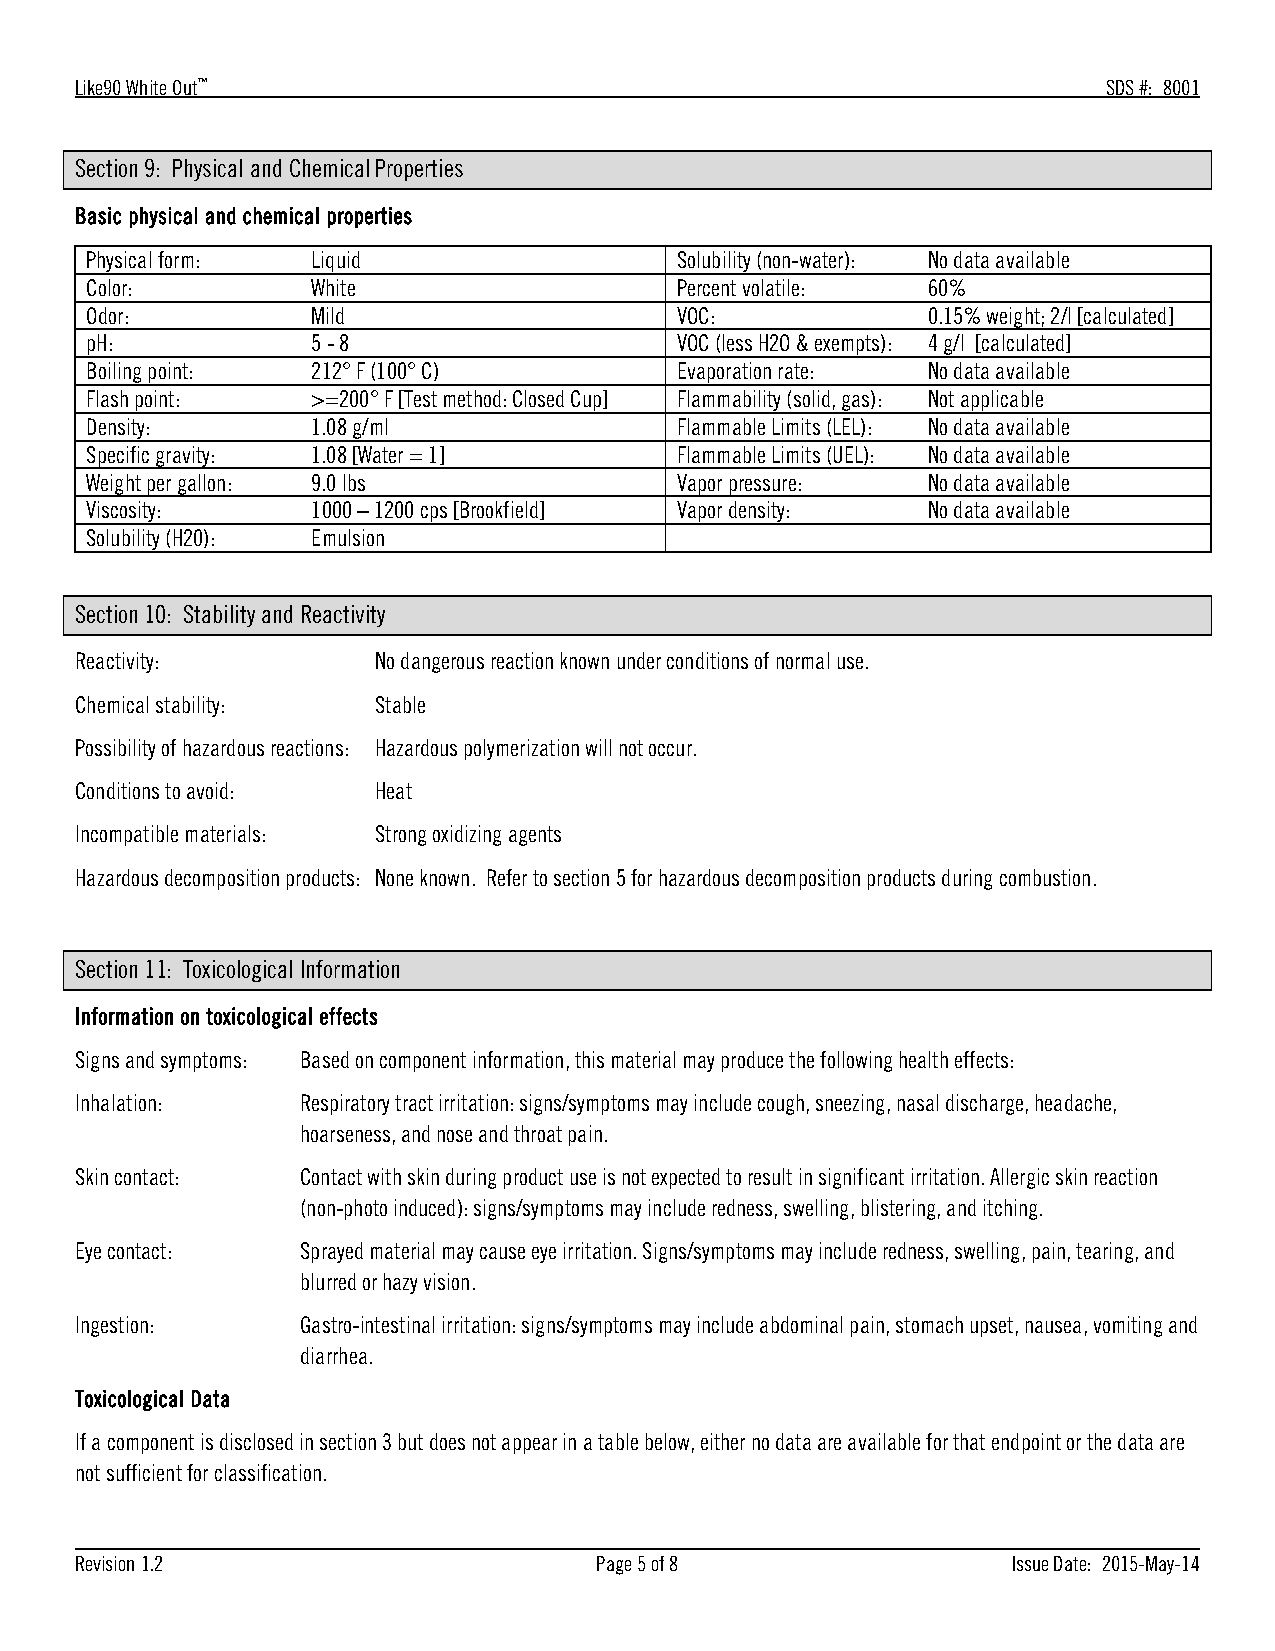
Like90 White Out™                                                   SDS #: 8001
 Section 9: Physical and Chemical Properties
 Basic physical and chemical properties
 Physical form: Liquid                  Solubility (non-water): No data available
 Color:         White                   Percent volatile: 60%
 Odor:          Mild                    VOC:            0.15% weight; 2/l [calculated]
 pH:            5 - 8                   VOC (less H2O & exempts): 4 g/l [calculated]
 Boiling point: 212° F (100° C)         Evaporation rate: No data available
 Flash point:   >=200° F [Test method: Closed Cup] Flammability (solid, gas): Not applicable
 Density:       1.08 g/ml               Flammable Limits (LEL): No data available
 Specific gravity: 1.08 [Water = 1]     Flammable Limits (UEL): No data available
 Weight per gallon: 9.0 lbs             Vapor pressure: No data available
 Viscosity:     1000 – 1200 cps [Brookfield] Vapor density: No data available
 Solubility (H20): Emulsion
 Section 10: Stability and Reactivity
 Reactivity:         No dangerous reaction known under conditions of normal use.
 Chemical stability: Stable
 Possibility of hazardous reactions: Hazardous polymerization will not occur.
 Conditions to avoid: Heat
 Incompatible materials: Strong oxidizing agents
 Hazardous decomposition products: None known. Refer to section 5 for hazardous decomposition products during combustion.
 Section 11: Toxicological Information
 Information on toxicological effects
 Signs and symptoms: Based on component information, this material may produce the following health effects:
 Inhalation:    Respiratory tract irritation: signs/symptoms may include cough, sneezing, nasal discharge, headache,
 hoarseness, and nose and throat pain.
 Skin contact:  Contact with skin during product use is not expected to result in significant irritation. Allergic skin reaction
 (non-photo induced): signs/symptoms may include redness, swelling, blistering, and itching.
 Eye contact:   Sprayed material may cause eye irritation. Signs/symptoms may include redness, swelling, pain, tearing, and
 blurred or hazy vision.
 Ingestion:     Gastro-intestinal irritation: signs/symptoms may include abdominal pain, stomach upset, nausea, vomiting and
 diarrhea.
 Toxicological Data
 If a component is disclosed in section 3 but does not appear in a table below, either no data are available for that endpoint or the data are
 not sufficient for classification.
 Revision 1.2                      Page 5 of 8                 Issue Date: 2015-May-14